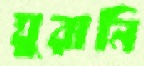
ঘুরানি